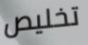
تخليص